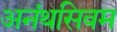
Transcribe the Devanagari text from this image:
अनंथसिवम